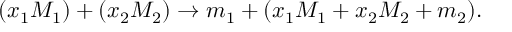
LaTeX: ( x _ { 1 } M _ { 1 } ) + ( x _ { 2 } M _ { 2 } ) \rightarrow m _ { 1 } + ( x _ { 1 } M _ { 1 } + x _ { 2 } M _ { 2 } + m _ { 2 } ) .